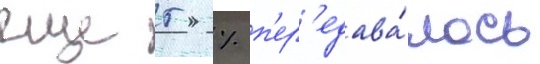
еще 5 % п'ер'едава́лось